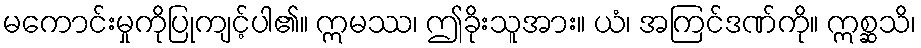
မကောင်းမှုကိုပြုကျင့်ပါ၏။ ဣမဿ၊ ဤခိုးသူအား။ ယံ၊ အကြင်ဒဏ်ကို။ ဣစ္ဆသိ၊